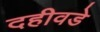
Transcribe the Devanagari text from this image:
दहीवडे